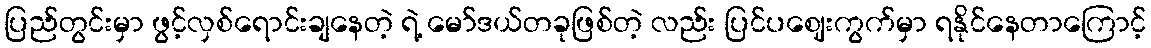
ပြည်တွင်းမှာ ဖွင့်လှစ်ရောင်းချနေတဲ့ ရဲ့ မော်ဒယ်တခုဖြစ်တဲ့ လည်း ပြင်ပဈေးကွက်မှာ ရနိုင်နေတာကြောင့်